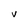
Character: V